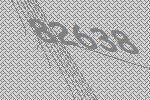
82638